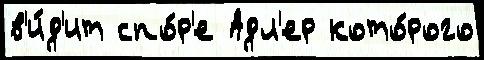
в'и́д'ит спо́р'е Адл'ер кото́рого